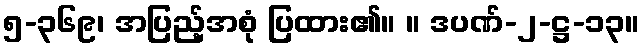
၅-၃၆၉၊ အပြည့်အစုံ ပြထား၏။ ။ ဒပဏ်-၂-ဋ္ဌ-၁၃။